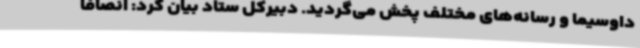
داوسیما و رسانه‌های مختلف پخش می‌گردید. دبیرکل ستاد بیان کرد: انصافاً